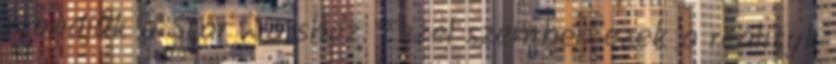
mondjuk a Star Warshoz. Ezzel szemben ezek a realityk